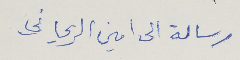
رسالة الى امين الريحاني